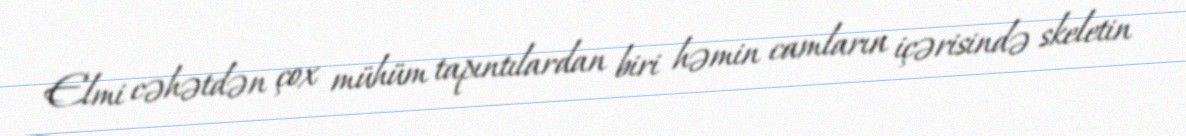
Elmi cəhətdən çox mühüm tapıntılardan biri həmin camların içərisində skeletin